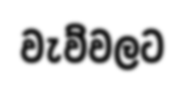
වැව්වලට